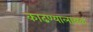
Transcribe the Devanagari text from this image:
काढण्यालायक